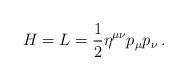
LaTeX: \begin{align*}H=L=\frac{1}{2}\eta^{\mu\nu}p_{\mu}p_{\nu}\,.\end{align*}